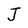
Character: J